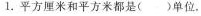
1.平方厘米和平方米都是( )单位。